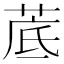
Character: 菧